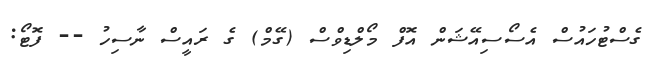
ގެސްޓުހައުސް އެސޯސިއޭޝަން އޮފް މޯލްޑިވްސް (ގޭމް) ގެ ރައީސް ނާސިހު -- ފޮޓޯ: